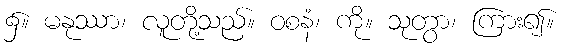
၌။ မနုဿာ၊ လူတို့သည်။ ဝစနံ၊ ကို။ သုတွာ၊ ကြား၍။